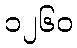
၁၂၆၀